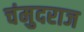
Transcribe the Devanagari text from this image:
चंमुदराज